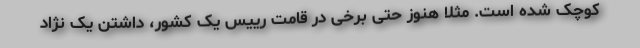
کوچک شده است. مثلا هنوز حتی برخی در قامت رییس یک کشور، داشتن یک نژاد